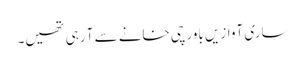
ساری آوازیں باورچی خانے سے آ رہی تھیں۔